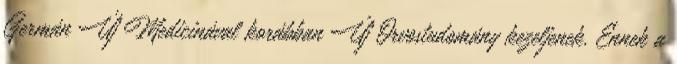
Germán Új Medicinával korábban Új Orvostudomány kezeljenek. Ennek a